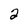
Character: 2